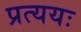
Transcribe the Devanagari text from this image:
प्रत्ययः